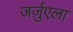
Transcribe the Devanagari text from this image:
जर्ज़ुएला